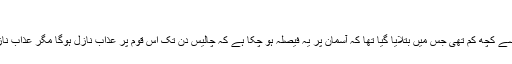
)
کیا یونس علیہ السلام کی پیشگوئی نکاح پڑھنے سے کچھ کم تھی جس میں بتلایا گیا تھا کہ آسمان پر یہ فیصلہ ہو چکا ہے کہ چالیس دن تک اس قوم پر عذاب نازل ہوگا مگر عذاب نازل نہ ہوا اِس میں کسی شرط کی تصریح نہ تھی۔